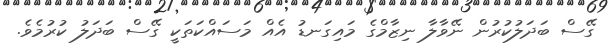
ގޭސް ބަދަލުކުރުން ނޭވާލާ ނިޒާމްގެ މައިގަނޑު އެއް މަސައްކަތަކީ ގޭސް ބަދަލު ކުރުމެވެ.